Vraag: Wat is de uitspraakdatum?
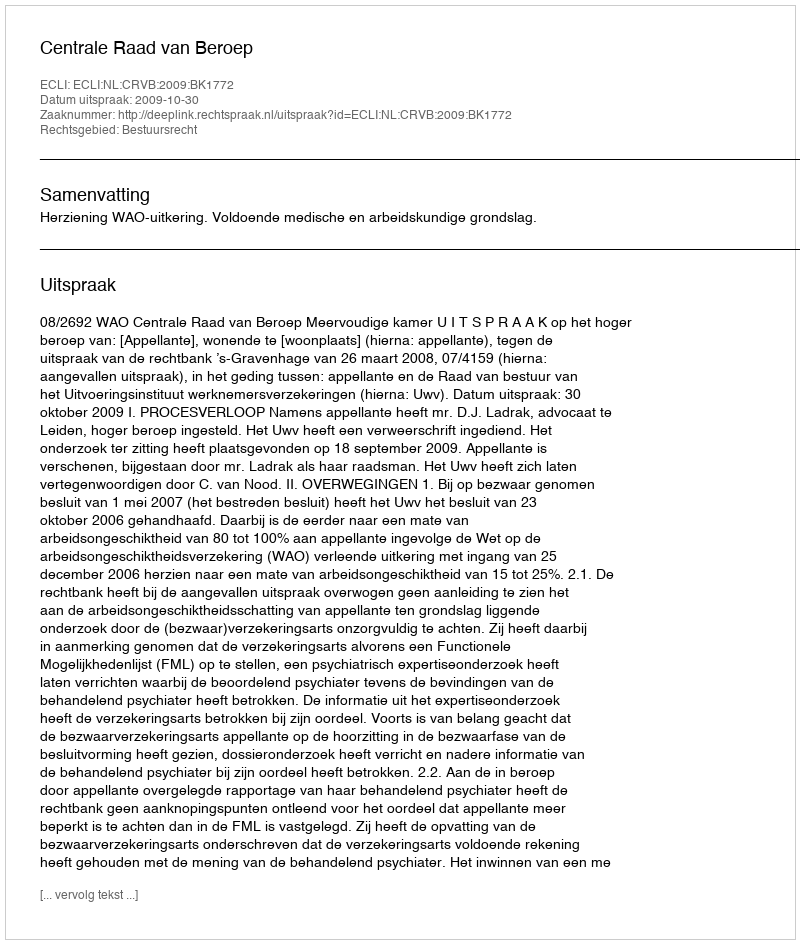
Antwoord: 2009-10-30